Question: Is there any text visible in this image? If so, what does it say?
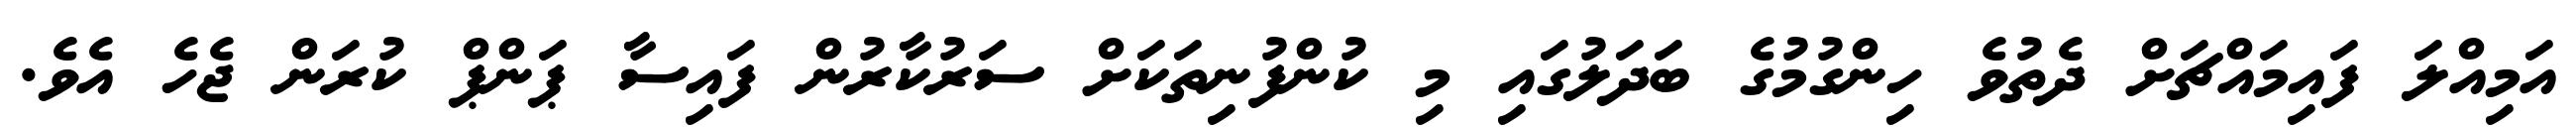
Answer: އަމިއްލަ ފައިމައްޗަށް ދެތުވެ ހިންގުމުގެ ބަދަލުގައި މި ކުންފުނިތަކަށް ސަރުކާރުން ފައިސާ ޕަންޕް ކުރަން ޖެހެ އެވެ.